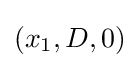
(x_{1},D,0)